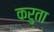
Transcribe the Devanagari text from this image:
करुता